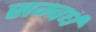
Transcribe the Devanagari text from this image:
सम्वर्ध